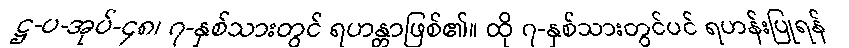
ဋ္ဌ-ပ-အုပ်-၄၈၊ ၇-နှစ်သားတွင် ရဟန္တာဖြစ်၏။ ထို ၇-နှစ်သားတွင်ပင် ရဟန်းပြုရန်